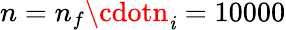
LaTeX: n=n_{f}\cdotn_{\mathit{i}}=10000